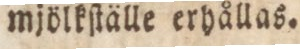
mjökſtälle erhållas.